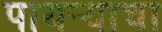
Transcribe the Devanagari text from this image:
पायऱ्याचा